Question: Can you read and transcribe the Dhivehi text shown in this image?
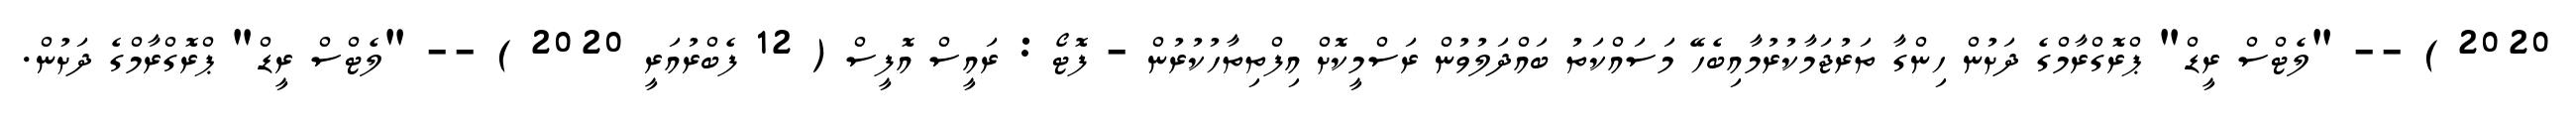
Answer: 2020 ) -- "ލެޓްސް ރީޑް" ޕްރޮގްރާމްގެ ދަށުން ހިންގާ ތަރުޖަމާކުރުމާއިބެހޭ މަސައްކަތު ބައްދަލުވުން ރަސްމީކޮށް އިފްތިތާހުކުރުން - ފޮޓޯ : ރައީސް އޮފީސް ( 12 ފެބްރުއަރީ 2020 ) -- "ލެޓްސް ރީޑް" ޕްރޮގްރާމްގެ ދަށުން.